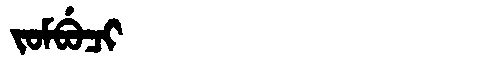
Manchu: ᠵᠣᠮᠪᡠᠴᡳ
Romanization: JOMBUCI